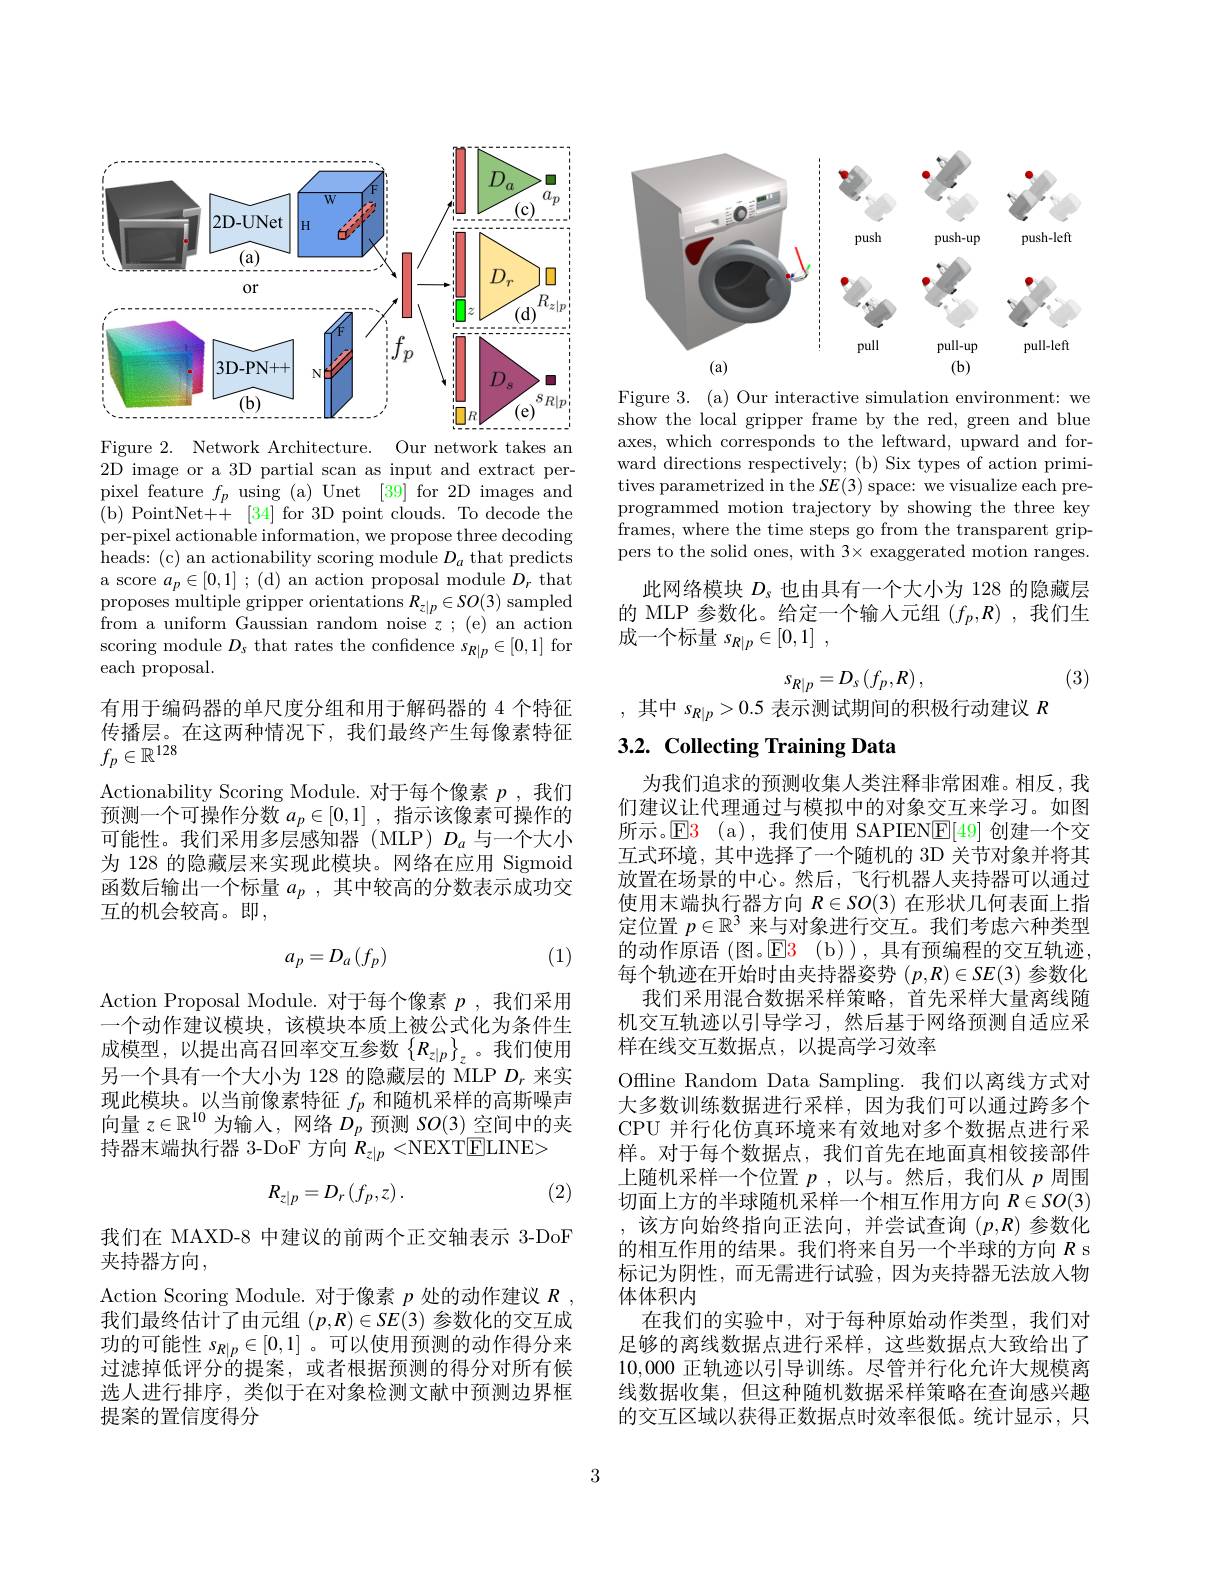
<FigureHere>

Figure 2. Network Architecture. Our network takes an 2D image or a 3D partial scan as input and extract perpixel feature $f_p$ using (a) Unet [39] for 2D images and ( b) PointNet+ + $[ 34] for 3D point clouds. To decode the$ per-pixel actionable information, we propose three decoding heads: (c) an actionability scoring module $D_a$ that predicts a score $a_p\in[0,1]$ ; (d) an action proposal module $D_r$ that proposes multiple gripper orientations $R_z|p\in SO(3)$ sampled from a uniform Gaussian random noise $z$ ; ( e) an action scoring module $D_s$ that rates the confidence $s_R|p\in[0,1]$ for each proposal.

传播层。在这两种情况下，我们最终产生每像素特征
$f_p\in\mathbb{R}^{128}$

有用于编码器的单尺度分组和用于解码器的 4 个特征Actionability Scoring Module. 对于每个像素$p$ ,我们预测一个可操作分数$a_p\in[0,1]$ ,指示该像素可操作的可能性。我们采用多层感知器(MLP) $D_a$与一个大小为 128 的隐藏层来实现此模块。网络在应用 Sigmoid 函数后输出一个标量$a_p$ ,其中较高的分数表示成功交互的机会较高。即，

(1)
$$a_p=D_a(f_p)$$
Action Proposal Module. 对于每个像素$p$ ,我们采用一个动作建议模块，该模块本质上被公式化为条件生成模型，以提出高召回率交互参数$\left\{R_z|p\right\}_z$。我们使用另一个具有一个大小为 128 的隐藏层的 MLP $D_r$来实现此模块。以当前像素特征$f_p$和随机采样的高斯噪声向量$z\in\mathbb{R}^{10}$为输入，网络$D_p$预测$SO(3)$空间中的夹持器末端执行器 3-DoF 方向$R_z|p<$NEXT$\boxed{\mathrm{ELINE>}}$

(2)
$$R_{z|p}=D_{r}\left(f_{p},z\right).$$
我们在 MAXD-8 中建议的前两个正交轴表示 3-DoF
夹持器方向，
Action Scoring Module. 对于像素$p$处的动作建议$R$, 我们最终估计了由元组$(p,R)\in SE(3)$参数化的交互成功的可能性$s_{R|p}\in[0,1]$ 。可以使用预测的动作得分来过滤掉低评分的提案，或者根据预测的得分对所有候选人进行排序，类似于在对象检测文献中预测边界框提案的置信度得分

<FigureHere>

Figure 3. (a) Our interactive simulation environment: we show the local gripper frame by the red, green and blue axes, which corresponds to the leftward, upward and forward directions respectively; (b) Six types of action primitives parametrized in the $SE(3)$ space: we visualize each preprogrammed motion trajectory by showing the three key frames, where the time steps go from the transparent grippers to the solid ones, with 3× exaggerated motion ranges.

此网络模块$D_s$也由具有一个大小为 128 的隐藏层的 MLP 参数化。给定一个输入元组$(f_p,R)$ ,我们生成一个标量$s_R| p\in [ 0, 1]$ ,

(3)
$$s_{R|p}=D_{s}\left(f_{p},R\right),$$
,其中$s_R|p>0.5$ 表示测试期间的积极行动建议 $R$

# 3.2. Collecting Training Data

为我们追求的预测收集人类注释非常困难。相反，我们建议让代理通过与模拟中的对象交互来学习。如图所示。$\mathsf{E}$3 (a),我们使用 SAPIEN$\mathsf{E}[49]$创建一个交互式环境，其中选择了一个随机的 3D 关节对象并将其放置在场景的中心。然后，飞行机器人夹持器可以通过使用末端执行器方向$R\in SO(3)$在形状几何表面上指定位置$p\in\mathbb{R}^3$来与对象进行交互。我们考虑六种类型的动作原语 (图。$\mathsf{E} 3$ (b)),具有预编程的交互轨迹， 每个轨迹在开始时由夹持器姿势$(p,R)\in SE(3)$参数化
我们采用混合数据采样策略，首先采样大量离线随机交互轨迹以引导学习，然后基于网络预测自适应采样在线交互数据点，以提高学习效率
Offline Random Data Sampling. 我们以离线方式对大多数训练数据进行采样，因为我们可以通过跨多个CPU 并行化仿真环境来有效地对多个数据点进行采样。对于每个数据点，我们首先在地面真相铰接部件上随机采样一个位置$p$,以与。然后，我们从$p$周围切面上方的半球随机采样一个相互作用方向$R\in SO(3)$ ,该方向始终指向正法向，并尝试查询$(p,R)$参数化的相互作用的结果。我们将来自另一个半球的方向$R$ s 标记为阴性，而无需进行试验，因为夹持器无法放入物体体积内
在我们的实验中，对于每种原始动作类型，我们对足够的离线数据点进行采样，这些数据点大致给出了10,000正轨迹以引导训练。尽管并行化允许大规模离线数据收集，但这种随机数据采样策略在查询感兴趣的交互区域以获得正数据点时效率很低。统计显示，只

3